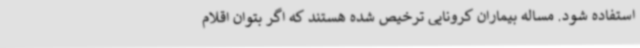
استفاده شود. مساله بیماران کرونایی ترخیص شده هستند که اگر بتوان اقلام